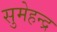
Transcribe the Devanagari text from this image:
सुमेहन्द्र